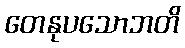
တေနုပသောဘတိ